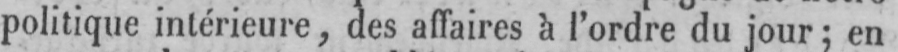
politique intérieure, des affaires à l’ordre du jour; en